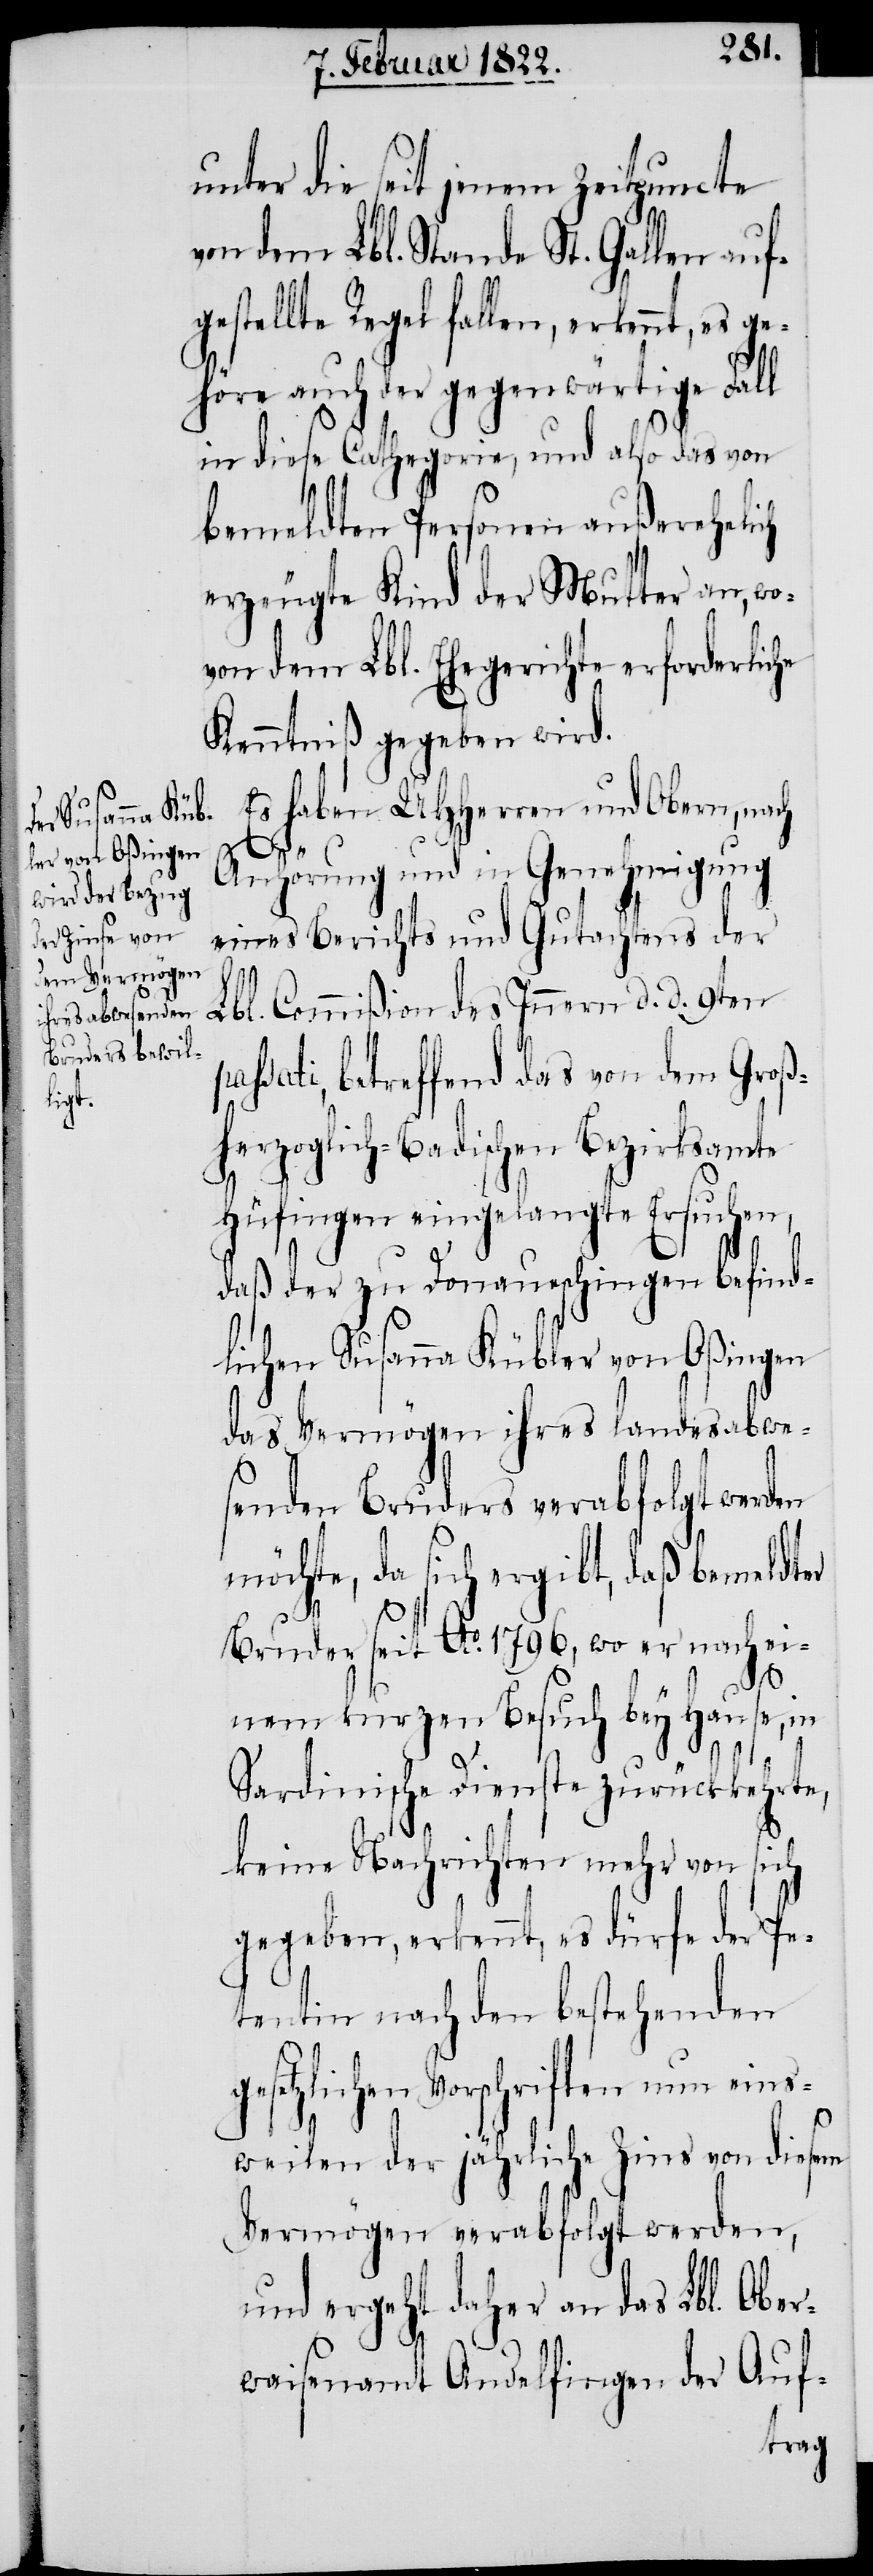
unter die seit jenem Zeitpuncte
von dem Lbl. Stande St. Gallen auf¬
gestellte Regel fallen, erkennt, e¬
höre auch der gegenwärtige Fall
in diese Cathegorie, und also das von
bemeldten Personen außerehelich
erzeugte Kind der Mutter an, wo¬
von dem Lbl. Ehegerichte erforderliche
Kenntniß gegeben wird.
Es haben UHHerren und Obern, nach
pass¬
Anhörung und in Genehmigung
eines Berichts und Gutachtens der
Lbl. Commißion des Innern d. d. 9ten
ati, betreffend das von dem Groß¬
herzoglich-Badischen Bezirksamte
Hüfingen eingelangte Ersuchen,
daß der zu Donaueschingen befind¬
lichen Susanna Kübler von Oßingen
das Vermögen ihres landesabwe¬
senden Bruders verabfolgt werden
möchte, da sich ergibt, daß bemeldter
Bruder seit Ao. 1796, wo er nach ei¬
nem kurzen Besuch bey Hause, in
g¬
Sardinische Dienste zurückkehrte,
keine Nachrichten mehr von sich
gegeben, erkennt, es dürfe der Pe¬
tentin nach den bestehenden
esetzlichen Vorschriften nun eins¬
weilen der jährliche Zins von diesem
Vermögen verabfolgt werden,
und ergeht daher an das Lbl. Ober¬
waisenamt Andelfingen der Auf-